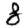
Digit: 8